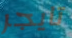
تايجر